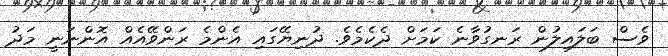
ވެސް ބަލައިލުން ރަނގުވާނެ ކަމަށް ދެކެމެވެ. ދުނިޔޭގައި އެންމެ ރަންވޭއެއް އޮންނަނީ މަދު